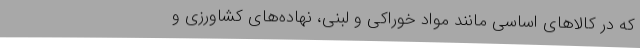
که در کالاهای اساسی مانند مواد خوراکی و لبنی، نهاده‌های کشاورزی و